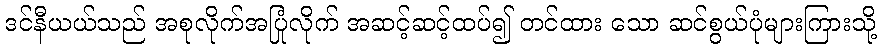
ဒင်နီယယ်သည် အစုလိုက်အပြုံလိုက် အဆင့်ဆင့်ထပ်၍ တင်ထား သော ဆင်စွယ်ပုံများကြားသို့